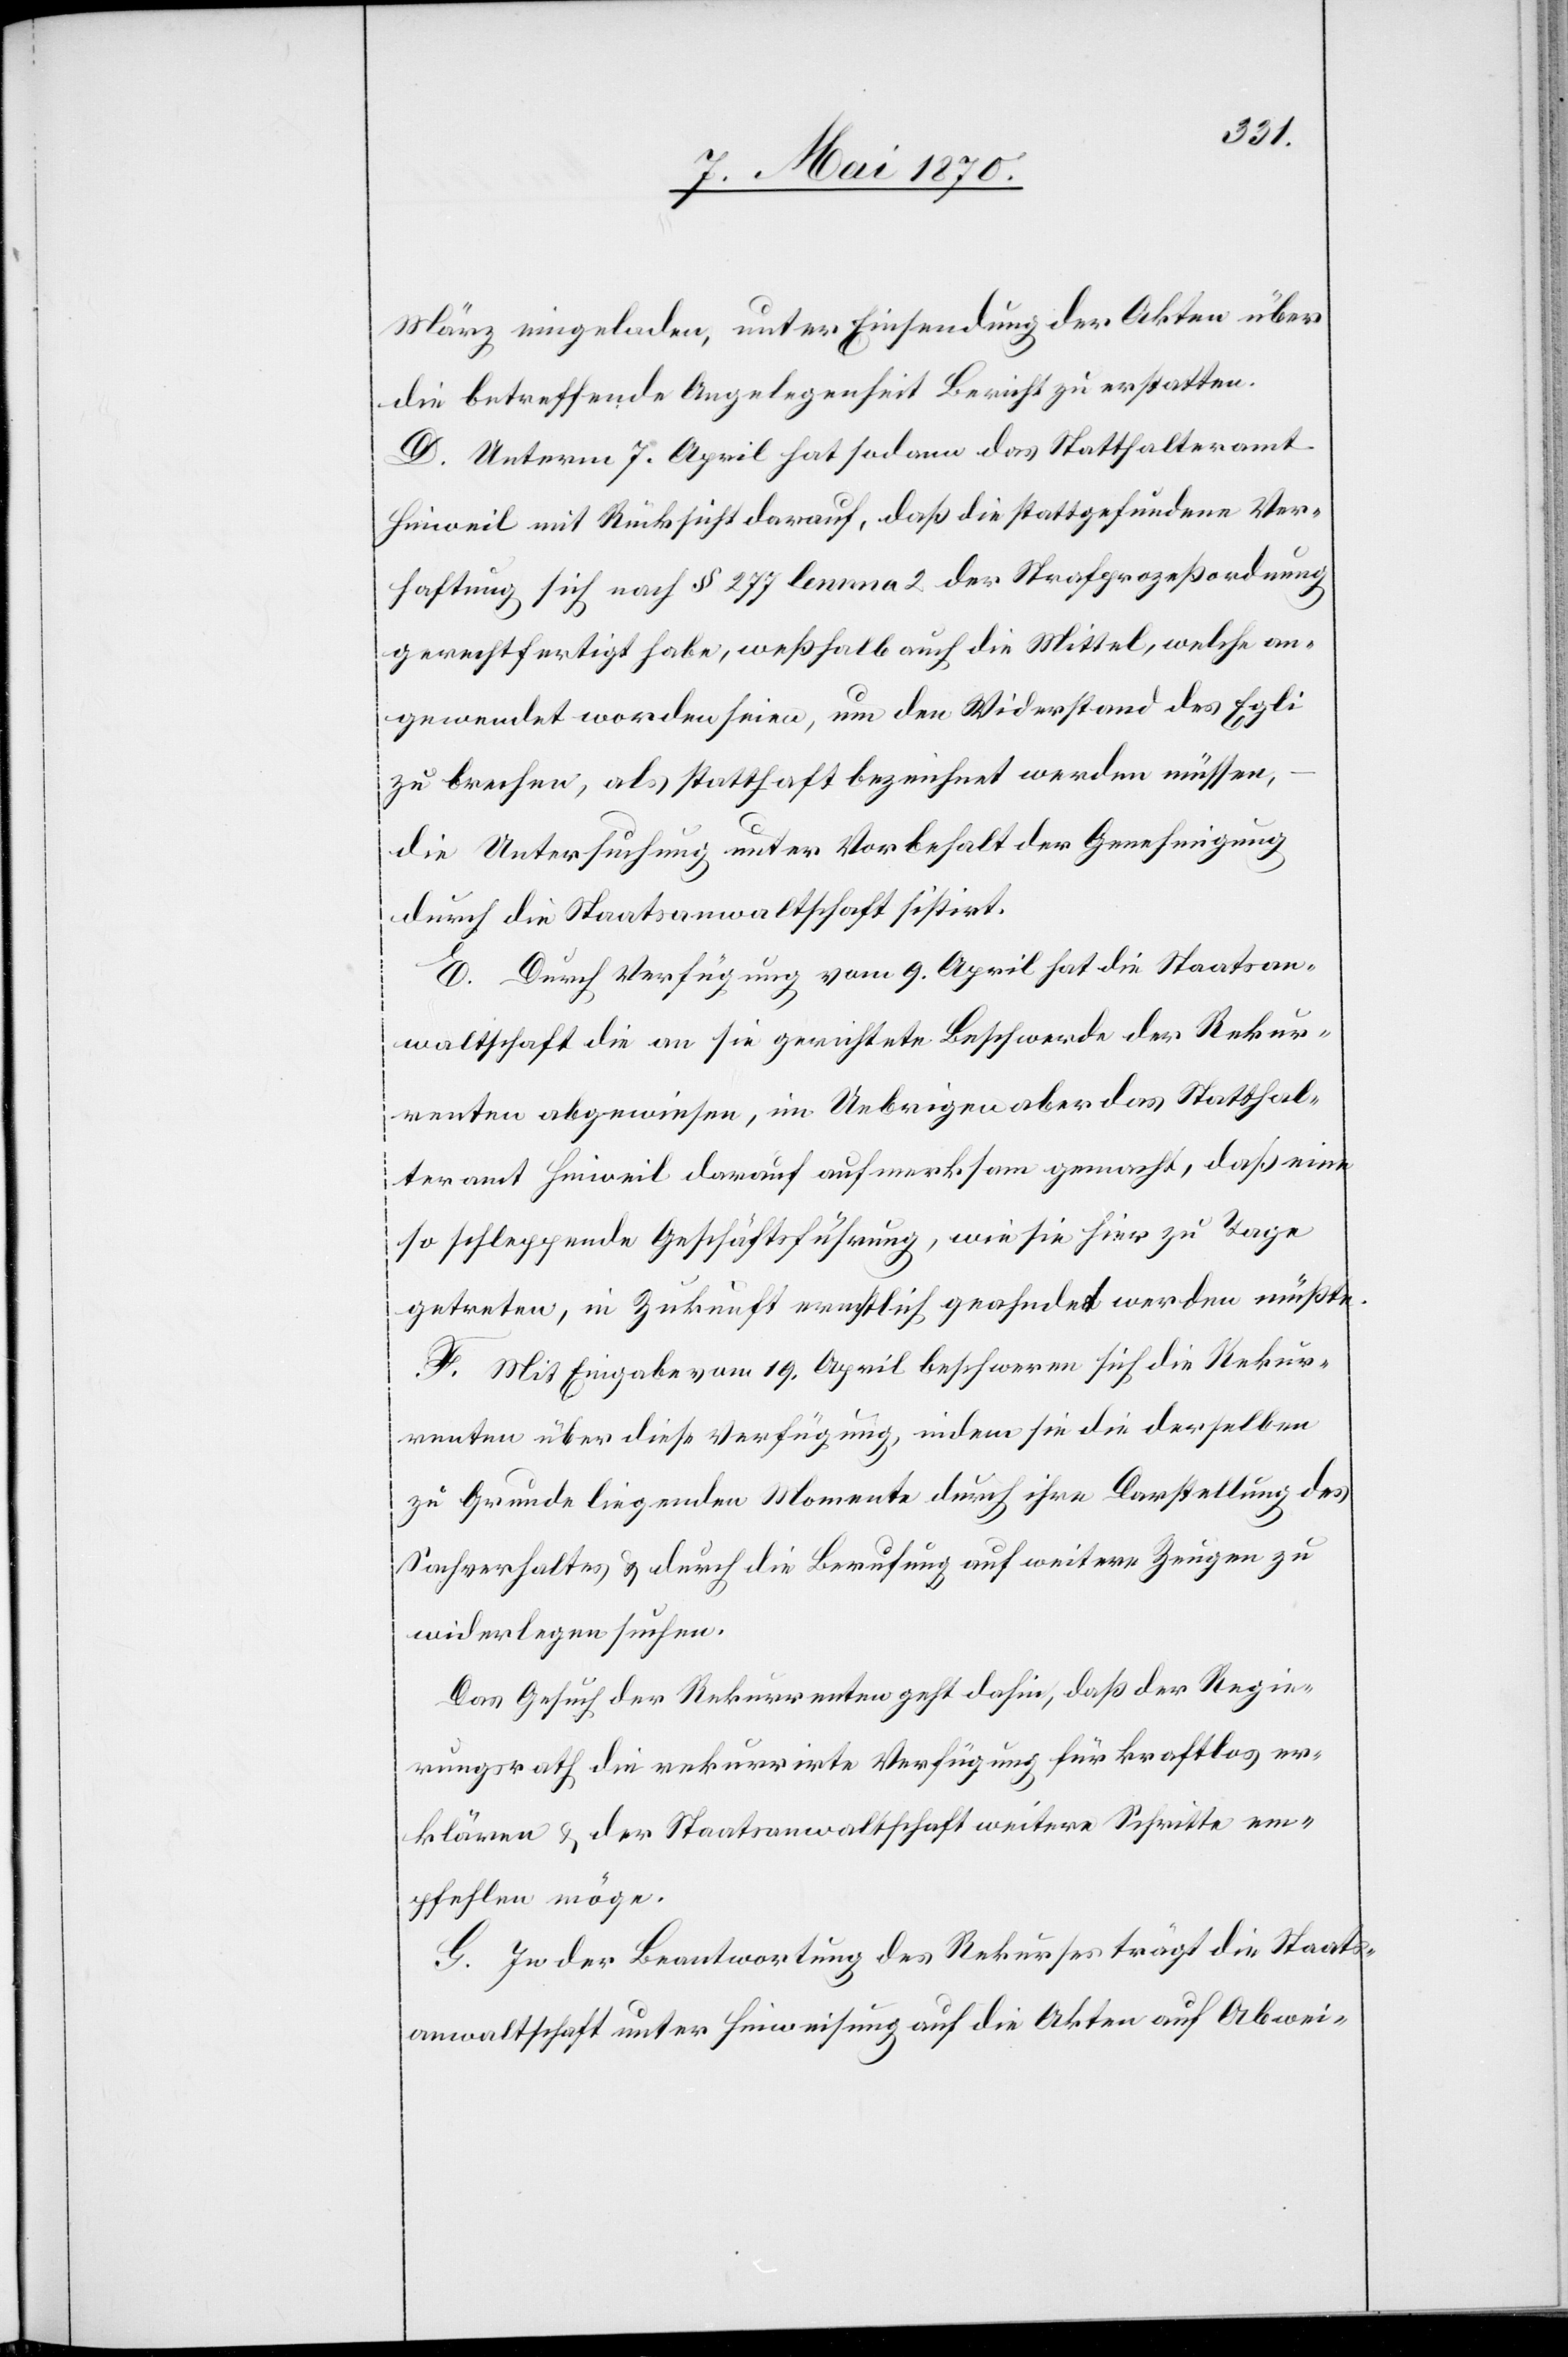
März eingeladen, unter Einsendung der Akten über
die betreffende Angelegenheit Bericht zu erstatten.
D. Unterm 7. April hat sodann das Statthalteramt
Hinweil mit Rücksicht darauf, daß die stattgefundene Ver¬
haftung sich nach § 277 lemma 2 der Strafprozeßordnung
gerechtfertigt habe, weßhalb auch die Mittel, welche an¬
gewendet worden seien, um den Widerstand des Egli
zu brechen, als statthaft bezeichnet werden müssen,
die Untersuchung unter Vorbehalt der Genehmigung
durch die Staatsanwaltschaft sistirt.
E. Durch Verfügung vom 9. April hat die Staatsan¬
waltschaft die an sie gerichtete Beschwerde der Rekur¬
renten abgewiesen, im Uebrigen aber das Statthal¬
teramt Hinweil darauf aufmerksam gemacht, daß eine
so schleppende Geschäftsführung, wie sie zu Tage
getreten, in Zukunft ernstlich geahndet werden müßte.
F. Mit Eingabe vom 19. April beschweren sich die Rekur¬
renten über diese Verfügung, indem sie die derselben
zu Grunde liegenden Momente durch ihre Darstellung des
Sachverhaltes & durch die Berufung auf weitere Zeugen zu
widerlegen suchen.
Das Gesuch der Rekurrenten geht dahin, daß der Regie¬
rungsrath die rekurrirte Verfügung für kraftlos er¬
klären & der Staatsanwaltschaft weitere Schritte em¬
pfehlen möge.
G. In der Beantwortung des Rekureses trägt die Staats¬
anwaltschaft unter Hinweisung auf die Akten auf Abwei-